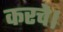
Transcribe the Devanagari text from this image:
करचे।